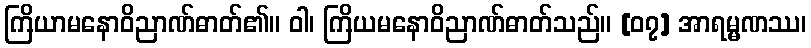
ကြိယာမနောဝိညာဏ်ဓာတ်၏။ ဝါ၊ ကြိယမနောဝိညာဏ်ဓာတ်သည်။ [၀၇] အာရမ္မဏဿ၊